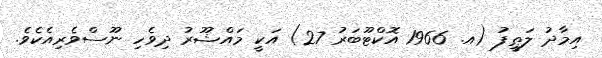
އިމާދު ލަޠީފު (އ. 1966 އޮކްޓޫބަރު 27) އަކީ މައްޝޫރު ދިވެހި ނޫސްވެރިއެކެވެ.